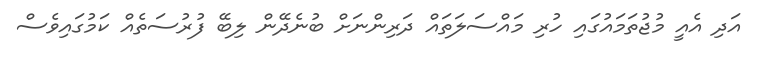
އަދި އެއީ މުޖުތަމައުގައި ހުރި މައްސަލަތައް ދަރިންނަށް ބުނެދޭން ލިބޭ ފުރުސަތެއް ކަމުގައިވެސް